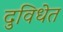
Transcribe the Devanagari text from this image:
दुविधेत